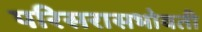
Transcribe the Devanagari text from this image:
परिसरासभोवती